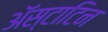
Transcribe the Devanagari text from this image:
अॅस्टाटिन